Leaving Certificate Examination (including Day School Certificate (Higher) General paper), 1938
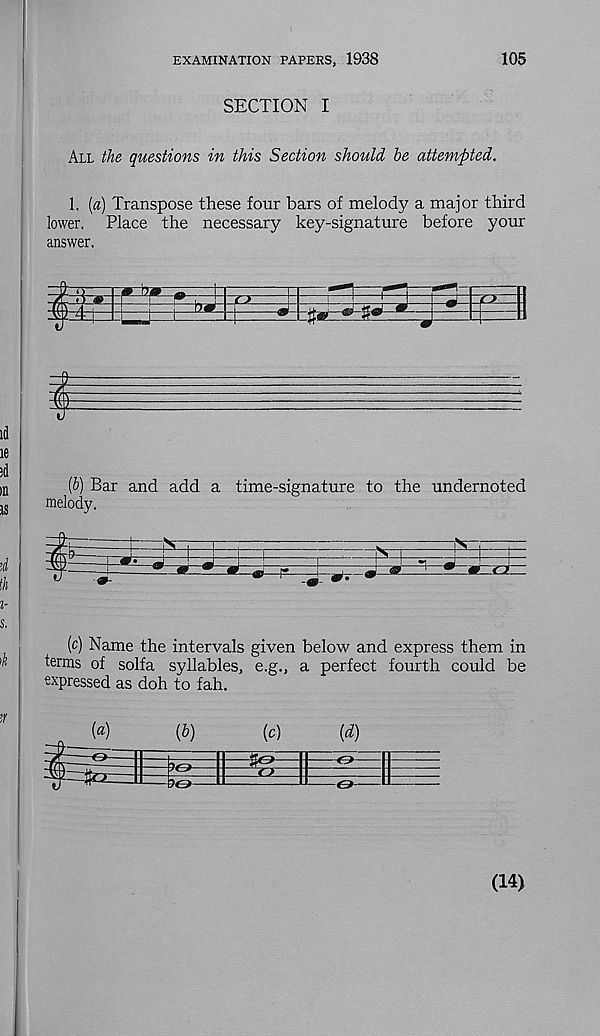
EXAMINATION PAPERS, 1938
105
SECTION I
All the questions in this Section should he attempted.
1. (a) Transpose these four bars of melody a major third
lower. Place the necessary key-signature before your
answer.
$
CJ
±M1
07.
(6) Bar and add a time-signature to the undernoted
melody.
(c) Name the intervals given below and express them in
terms of solfa syllables, e.g., a perfect fourth could be
expressed as doh to fah.
(14)